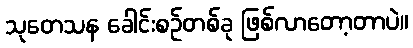
သုတေသန ခေါင်းစဉ်တစ်ခု ဖြစ်လာတော့တာပဲ။